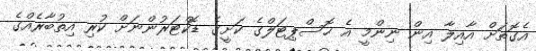
އެގޮތަށް އާއިލާ އިން ނިންމީ އެ ހޮސްޕިޓަލްގެ ކަށީގެ ޑޮކްޓަރުންނަށް ކުރި އިތުބާރެއްގެ